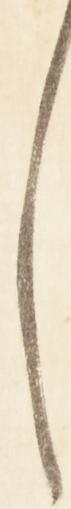
し